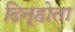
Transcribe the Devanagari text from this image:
दिन्होता